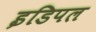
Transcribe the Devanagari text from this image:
इडिपल